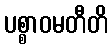
ပစ္စာဝမတီတိ